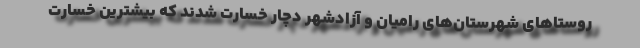
روستاهای شهرستان‌های رامیان و آزادشهر دچار خسارت شدند که بیشترین خسارت